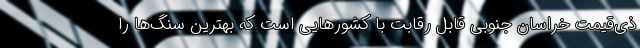
ذی‌قیمت خراسان جنوبی قابل رقابت با کشورهایی است که بهترین سنگ‌ها را